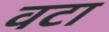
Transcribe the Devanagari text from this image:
वटा